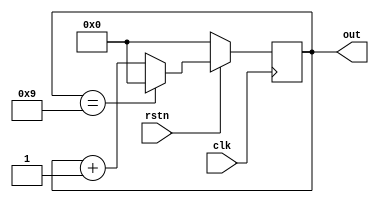
`timescale 1ns / 1ps
module modN_ctr
#(parameter N = 10,
parameter WIDTH = 4)
(input clk,
input rstn,
output reg [WIDTH-1:0] out);
always @ (posedge clk)begin
if(!rstn) begin
out <=0;
end else begin
if(out == N-1)
out <= 0;
else 
out <= out+1;
end
end
endmodule